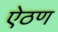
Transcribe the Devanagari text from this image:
ऐठण